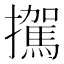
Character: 𪯀